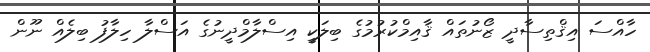
ހާއްސަ އިޤްތިސާދީ ޒޯނުތައް ޤާއިމްކުރުމުގެ ބިލަކީ އިސްލާމްދީނުގެ އަސްލާ ހިލާފު ބިލެއް ނޫން